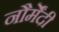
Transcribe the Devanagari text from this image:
नौर्मेंदी